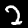
Digit: 2